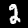
Label: 2